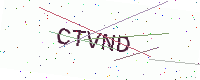
Text: CTVND